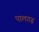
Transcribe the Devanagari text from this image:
पालगढ़